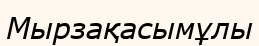
Мырзақасымұлы